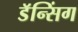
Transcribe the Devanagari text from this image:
डॅन्सिंग